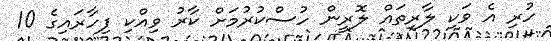
ހުރި އެ ވަކި ލާރިތައް ލޮރީން ހުސްކުރުމަށް ކާރު ވިއްކި ފިހާރައިގެ 10